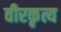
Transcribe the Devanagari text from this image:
वीरकृत्य